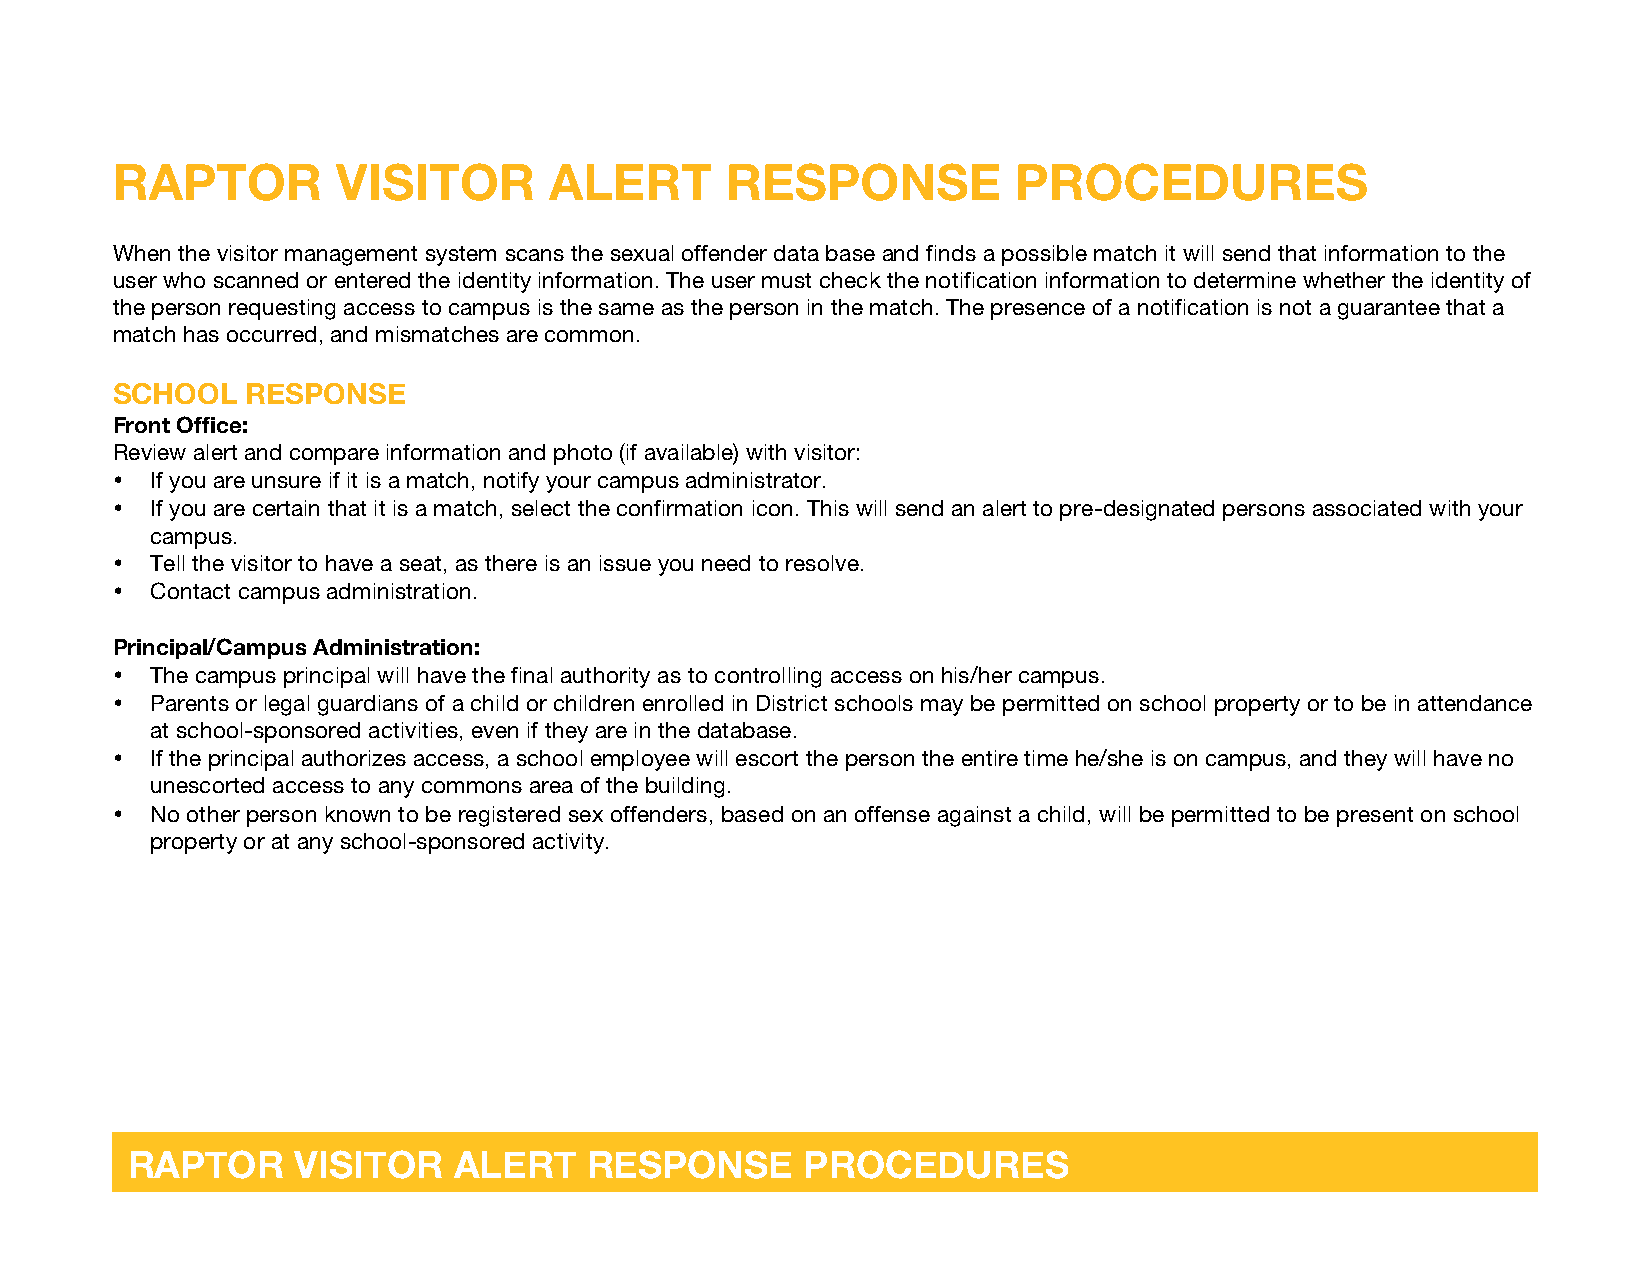
RAPTOR         VISITOR       ALERT       RESPONSE           PROCEDURES
 When the visitor management system scans the sexual offender data base and finds a possible match it will send that information to the
 user who scanned or entered the identity information. The user must check the notification information to determine whether the identity of
 the person requesting access to campus is the same as the person in the match. The presence of a notification is not a guarantee that a
 match has occurred, and mismatches are common.
 SCHOOL   RESPONSE
 Front Office:
 Review alert and compare information and photo (if available) with visitor:
 •  If you are unsure if it is a match, notify your campus administrator.
 •  If you are certain that it is a match, select the confirmation icon. This will send an alert to pre-designated persons associated with your
 campus.
 •  Tell the visitor to have a seat, as there is an issue you need to resolve.
 •  Contact campus administration.
 Principal/Campus Administration:
 •  The campus principal will have the final authority as to controlling access on his/her campus.
 •  Parents or legal guardians of a child or children enrolled in District schools may be permitted on school property or to be in attendance
 at school-sponsored activities, even if they are in the database.
 •  If the principal authorizes access, a school employee will escort the person the entire time he/she is on campus, and they will have no
 unescorted access to any commons area of the building.
 •  No other person known to be registered sex offenders, based on an offense against a child, will be permitted to be present on school
 property or at any school-sponsored activity.
 RAPTOR      VISITOR   ALERT    RESPONSE      PROCEDURES